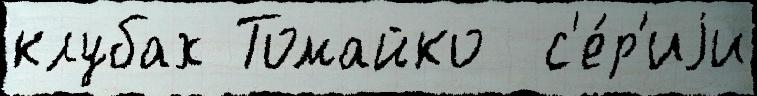
клубах Томайко  с'е́р'иjи